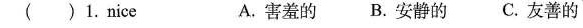
()1.nice A.害羞的B.安静的C.友善的